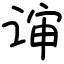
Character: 谉